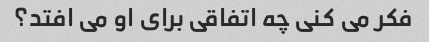
فکر می کنی چه اتفاقی برای او می افتد؟